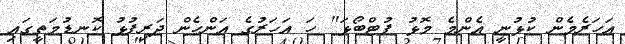
އަހަރެމެން ކުޅުނީ އެންމެ މޮޅު ފުޓްބޯޅަ" ހަ އަހަރުގެ އަންހެން ދަރިފުޅު ކޮނޑުމަތީގައި